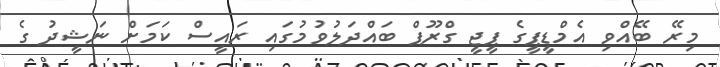
މިރޭ ބޭއްވި އެމްޑީޕީގެ ޕީޖީ ގްރޫޕް ބައްދަލުވުމުގައި ރައީސް ކަމަށް ނަޝީދު ގެ